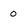
Character: 0